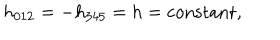
LaTeX: h _ { 0 1 2 } = - h _ { 3 4 5 } = h = \mathrm { c o n s t a n t } ,